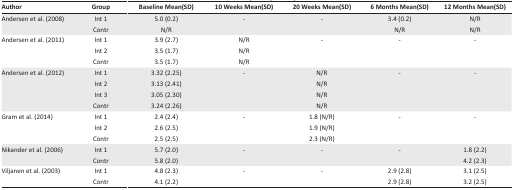
<table><thead><tr><td><b>Author</b></td><td><b>Group</b></td><td><b>Baseline Mean(SD)</b></td><td><b>10 Weeks Mean(SD)</b></td><td><b>20 Weeks Mean(SD)</b></td><td><b>6 Months Mean(SD)</b></td><td><b>12 Months Mean(SD)</b></td></tr></thead><tbody><tr><td rowspan="2">Andersen et al. (2008)</td><td>Int 1</td><td>5.0 (0.2)</td><td>-</td><td>-</td><td>3.4 (0.2)</td><td>N/R</td></tr><tr><td>Contr</td><td>N/R</td><td></td><td></td><td>N/R</td><td>N/R</td></tr><tr><td rowspan="3">Andersen et al. (2011)</td><td>Int 1</td><td>3.9 (2.7)</td><td>N/R</td><td>-</td><td>-</td><td>-</td></tr><tr><td>Int 2</td><td>3.5 (1.7)</td><td>N/R</td><td></td><td></td><td></td></tr><tr><td>Contr</td><td>3.5 (1.7)</td><td>N/R</td><td></td><td></td><td></td></tr><tr><td rowspan="4">Andersen et al. (2012)</td><td>Int 1</td><td>3.32 (2.25)</td><td>-</td><td>N/R</td><td>-</td><td>-</td></tr><tr><td>Int 2</td><td>3.13 (2.41)</td><td></td><td>N/R</td><td></td><td></td></tr><tr><td>Int 3</td><td>3.05 (2.30)</td><td></td><td>N/R</td><td></td><td></td></tr><tr><td>Contr</td><td>3.24 (2.26)</td><td></td><td>N/R</td><td></td><td></td></tr><tr><td rowspan="3">Gram et al. (2014)</td><td>Int 1</td><td>2.4 (2.4)</td><td>-</td><td>1.8 (N/R)</td><td>-</td><td>-</td></tr><tr><td>Int 2</td><td>2.6 (2.5)</td><td></td><td>1.9 (N/R)</td><td></td><td></td></tr><tr><td>Contr</td><td>2.5 (2.5)</td><td></td><td>2.3 (N/R)</td><td></td><td></td></tr><tr><td rowspan="2">Nikander et al. (2006)</td><td>Int 1</td><td>5.7 (2.0)</td><td>-</td><td>-</td><td>-</td><td>1.8 (2.2)</td></tr><tr><td>Contr</td><td>5.8 (2.0)</td><td></td><td></td><td></td><td>4.2 (2.3)</td></tr><tr><td rowspan="2">Viljanen et al. (2003)</td><td>Int 1</td><td>4.8 (2.3)</td><td>-</td><td>-</td><td>2.9 (2.8)</td><td>3.1 (2.5)</td></tr><tr><td>Contr</td><td>4.1 (2.2)</td><td></td><td></td><td>2.9 (2.8)</td><td>3.2 (2.5)</td></tr></tbody></table>